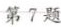
第7题